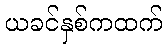
ယခင်နှစ်ကထက်